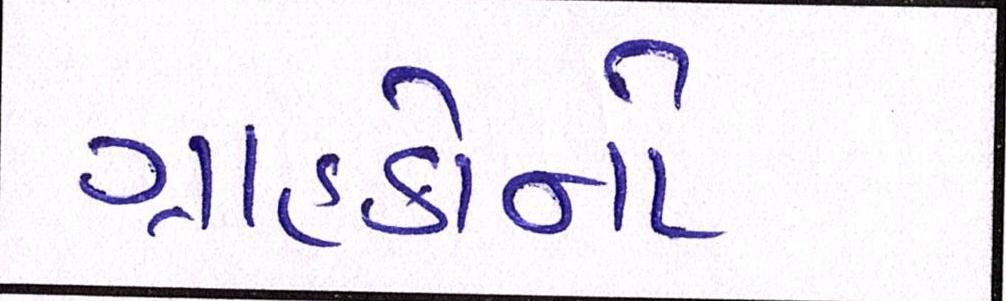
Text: ગ્રાહકોનો